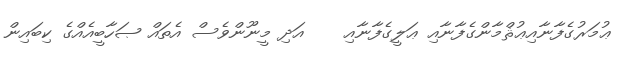
ޢުމަރުގެފާނާއިޢުޘްމާންގެފާނާއި ޢަލީގެފާނާއި    އަދި މީނޫންވެސް އެތައް ޞަހާބީއެއްގެ ކިބައިން